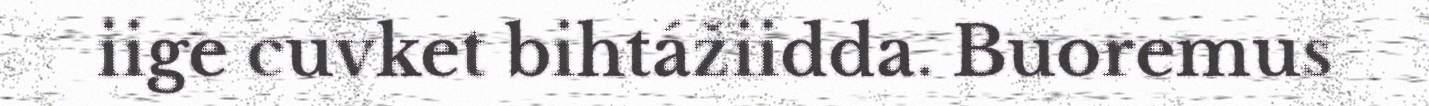
iige cuvket bihtážiidda. Buoremus